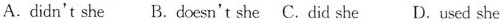
A.didn't she B.doesn't she C.did she D.used she